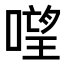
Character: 𠻾